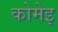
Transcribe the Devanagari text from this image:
कोमेइ